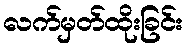
လက်မှတ်ထိုးခြင်း